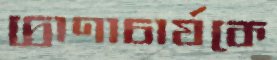
দ্রোণাচার্যকে